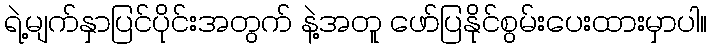
ရဲ့မျက်နှာပြင်ပိုင်းအတွက် နဲ့အတူ ဖော်ပြနိုင်စွမ်းပေးထားမှာပါ။